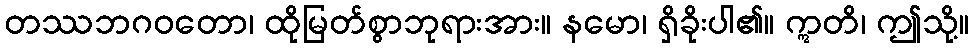
တဿဘဂဝတော၊ ထိုမြတ်စွာဘုရားအား။ နမော၊ ရှိခိုးပါ၏။ ဣတိ၊ ဤသို့။